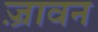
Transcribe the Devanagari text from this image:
ज़्रावन